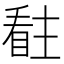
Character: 𭿊